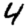
Digit: 4